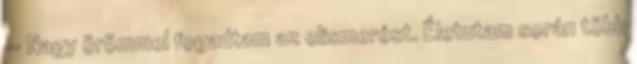
— Nagy örömmel fogadtam az elismerést. Életutam során több